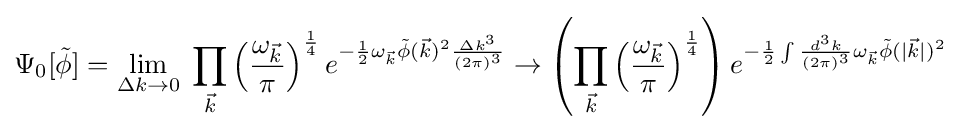
\Psi _{0}[{\tilde {\phi }}]=\lim _{\Delta k\to 0}\;\prod _{\vec {k}}\left({\frac {\omega _{\vec {k}}}{\pi }}\right)^{\frac {1}{4}}e^{-{\frac {1}{2}}\omega _{\vec {k}}{\tilde {\phi }}({\vec {k}})^{2}{\frac {\Delta k^{3}}{(2\pi )^{3}}}}\to \left(\prod _{\vec {k}}\left({\frac {\omega _{\vec {k}}}{\pi }}\right)^{\frac {1}{4}}\right)e^{-{\frac {1}{2}}\int {\frac {d^{3}k}{(2\pi )^{3}}}\omega _{\vec {k}}{\tilde {\phi }}(|{\vec {k}}|)^{2}}